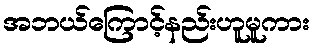
အဘယ်ကြောင့်နည်းဟူမူကား